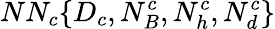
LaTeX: NN_{c}\{ D_{c},N_{B}^{c},N_{h}^{c},N_{d}^{c}\}